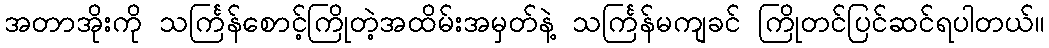
အတာအိုးကို သင်္ကြန်စောင့်ကြိုတဲ့အထိမ်းအမှတ်နဲ့ သင်္ကြန်မကျခင် ကြိုတင်ပြင်ဆင်ရပါတယ်။